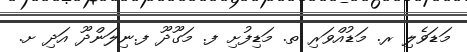
މަޑަވެލި ރ. މަޑުއްވަރި ތ. މަޑިފުށި ފ. މަގޫދޫ ފ.ނިލަންދޫ އަދި ށ.